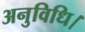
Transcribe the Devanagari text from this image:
अनुविधि।